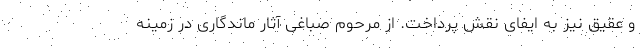
و عقیق نیز به ایفای نقش پرداخت. از مرحوم صباغی آثار ماندگاری در زمینه